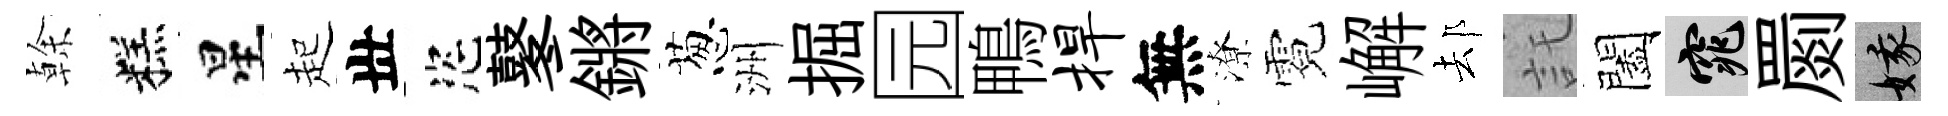
𠏉糕星起丗恣鼕鏘葱洲掘园鴨捍無潦霓嶰𨚫託闔窕罽娥